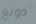
دونغ